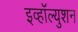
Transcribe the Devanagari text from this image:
इव्हॉल्युशन